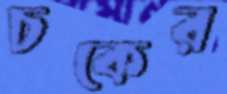
চকের